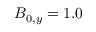
B _ { 0 , y } = 1 . 0